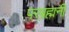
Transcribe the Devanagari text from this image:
परब्रह्मनी